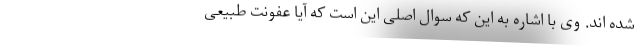
شده اند. وی با اشاره به این که سوال اصلی این است که آیا عفونت طبیعی